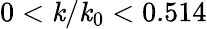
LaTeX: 0<\mathit{k}/\mathit{k}_{0}<0.514